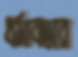
ধর্মাবতার